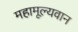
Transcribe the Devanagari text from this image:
महामूल्यवान